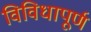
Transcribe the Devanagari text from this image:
विविधापूर्ण